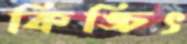
কিঙ্চিৎ